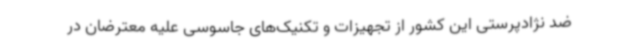
ضد نژادپرستی این کشور از تجهیزات و تکنیک‌های جاسوسی علیه معترضان در